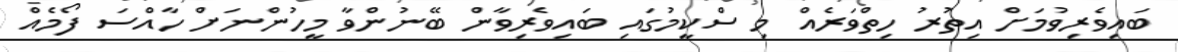
ބައިވެރިވުމަށް އިތުރު ހިތްވަރެއް މި ސްކީމުގައި ބައިވެރިވާން ބޭނުންވާ މީހުންނަށް ހާއްސަ ފޯމެއް